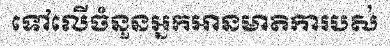
ទៅលើចំនួនអ្នកអានមាតិការបស់